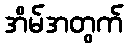
အိမ်အတွက်